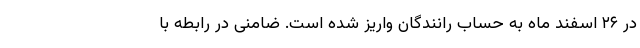
در ۲۶ اسفند ماه به حساب رانندگان واریز شده است. ضامنی در رابطه با